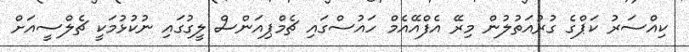
ކިއްސަރު ކަޕްގެ ގުރުއަތުލުން މިރޭ އެފްއޭއެމް ހައުސްގައި ޗެމްޕިއަންސް ލީގުގައި ނުކުޅުމަކީ ޗެލްސީއަށް